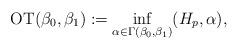
LaTeX: \begin{align*}{\rm OT}(\beta_0,\beta_1) := \inf_{\alpha \in \Gamma(\beta_0,\beta_1)} (H_p, \alpha),\end{align*}